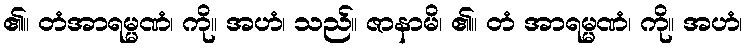
၏။ တံအာရမ္မဏံ၊ ကို။ အဟံ၊ သည်။ ဇာနာမိ၊ ၏။ တံ အာရမ္မဏံ၊ ကို။ အဟံ၊